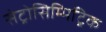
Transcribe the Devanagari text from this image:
सेट्रोसिम्मिट्रिक